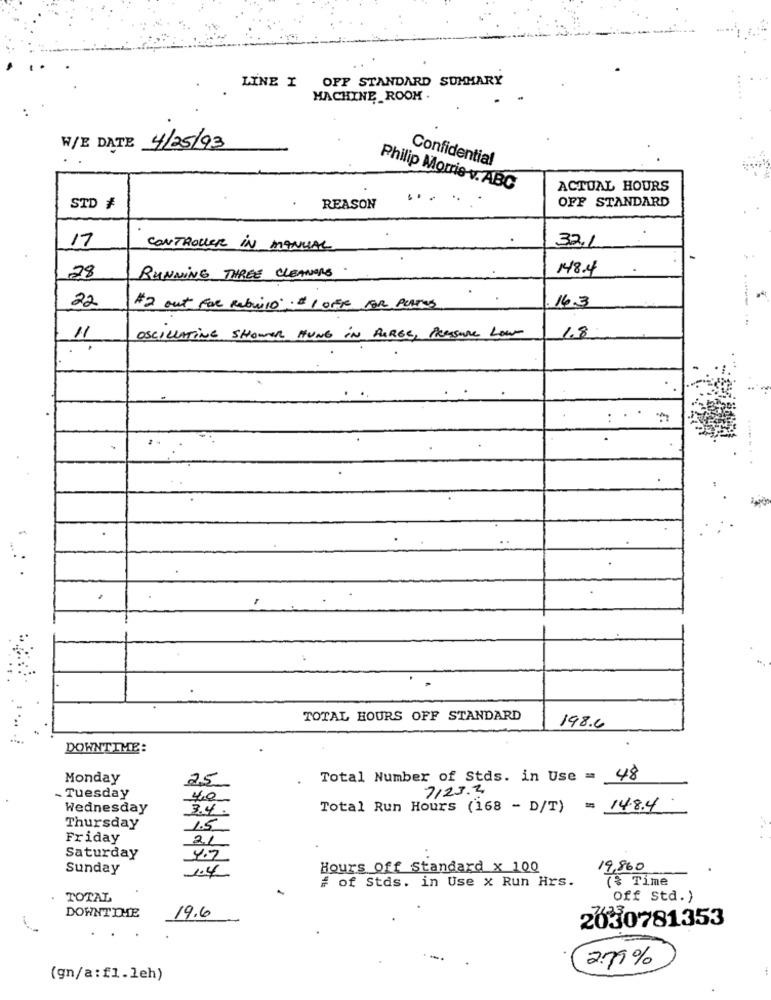
LINE I OFF STANDARD SUMMARY
MACHINE ROOM .
W/E DATE 4/25/93
Confidential
Philip Morris v. ABC
ACTUAL HOURS
OFF STANDARD
STD #
REASON
17
32.1
CONTROLLER IN MANUAL
148.4
28
RUNNING THREE CLEANING
22
16.3
#2 out for Rebuild'. "1 OFTE FOR PUNTOS
1.8
11
OSCILLATING SHOWER HUNG IN PARES, PRESSURE LOW
.
:
: .
TOTAL HOURS OFF STANDARD
198.6
DOWNTIME:
Monday
25
Total Number of Stds. in Use = 48
7123.2
Tuesday
4,0
Wednesday
3.4.
Total Run Hours (168 - D/T) = 14.8.4
Thursday
1.5
Friday
Saturday
4.7
Sunday
1.4
Hours off Standard x 100
19,860
# of Stds. in Use x Run Hrs.
7% Time
TOTAL
Off Std. )
19.6
DOWNTTHE
2030781353
2.79%
(gn/a:f1.leh)